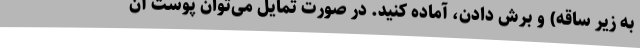
به زیر ساقه) و برش دادن، آماده کنید. در صورت تمایل می‌توان پوست آن